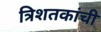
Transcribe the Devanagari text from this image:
त्रिशतकांची